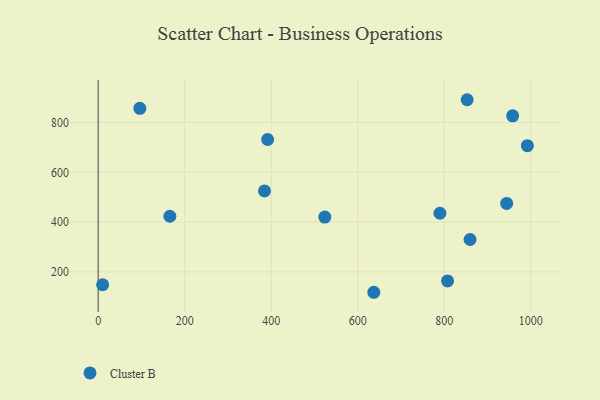
{"axis": {"x": "Speed", "y": "Exam Score"}, "legend": ["Cluster B"], "data": [{"x": "96.3", "y": 856.9, "type": "Cluster B"}, {"x": "958.0", "y": 826.7, "type": "Cluster B"}, {"x": "789.9", "y": 435.6, "type": "Cluster B"}, {"x": "637.1", "y": 118.1, "type": "Cluster B"}, {"x": "165.7", "y": 423.4, "type": "Cluster B"}, {"x": "10.3", "y": 148.4, "type": "Cluster B"}, {"x": "859.5", "y": 330.1, "type": "Cluster B"}, {"x": "852.8", "y": 891.5, "type": "Cluster B"}, {"x": "992.0", "y": 707.0, "type": "Cluster B"}, {"x": "384.5", "y": 525.0, "type": "Cluster B"}, {"x": "807.5", "y": 163.6, "type": "Cluster B"}, {"x": "944.1", "y": 475.0, "type": "Cluster B"}, {"x": "391.7", "y": 731.8, "type": "Cluster B"}, {"x": "523.8", "y": 420.2, "type": "Cluster B"}]}